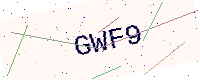
Text: GWF9